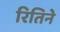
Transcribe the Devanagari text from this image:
रितिने